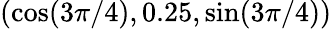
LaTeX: (\cos(3\pi/4),0.25,\sin(3\pi/4))